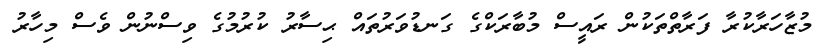
މުޒާހަރާކުރާ ފަރާތްތަކުން ރައީސް މުބާރަކްގެ ގަނޑުވަރުތައް ޙިސާރު ކުރުމުގެ ވިސްނުން ވެސް މިހާރު